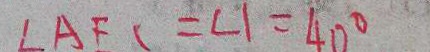
\angle A F C = \angle 1 = 4 0 ^ { \circ }